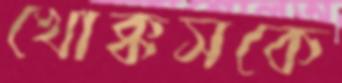
খোক্কসকে